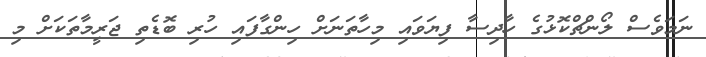
ނަމަވެސް ލޯންޗްކޮޅުގެ ހާދިސާ ފިޔަވައި މިހާތަނަށް ހިންގާފައި ހުރި ބޮޑެތި ޖަރީމާތަކަށް މި